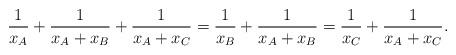
LaTeX: \begin{align*} \frac{1}{x_A}+\frac{1}{x_A+x_B}+\frac{1}{x_A+x_C}= \frac{1}{x_B}+\frac{1}{x_A+x_B}= \frac{1}{x_C}+\frac{1}{x_A+x_C}.\end{align*}